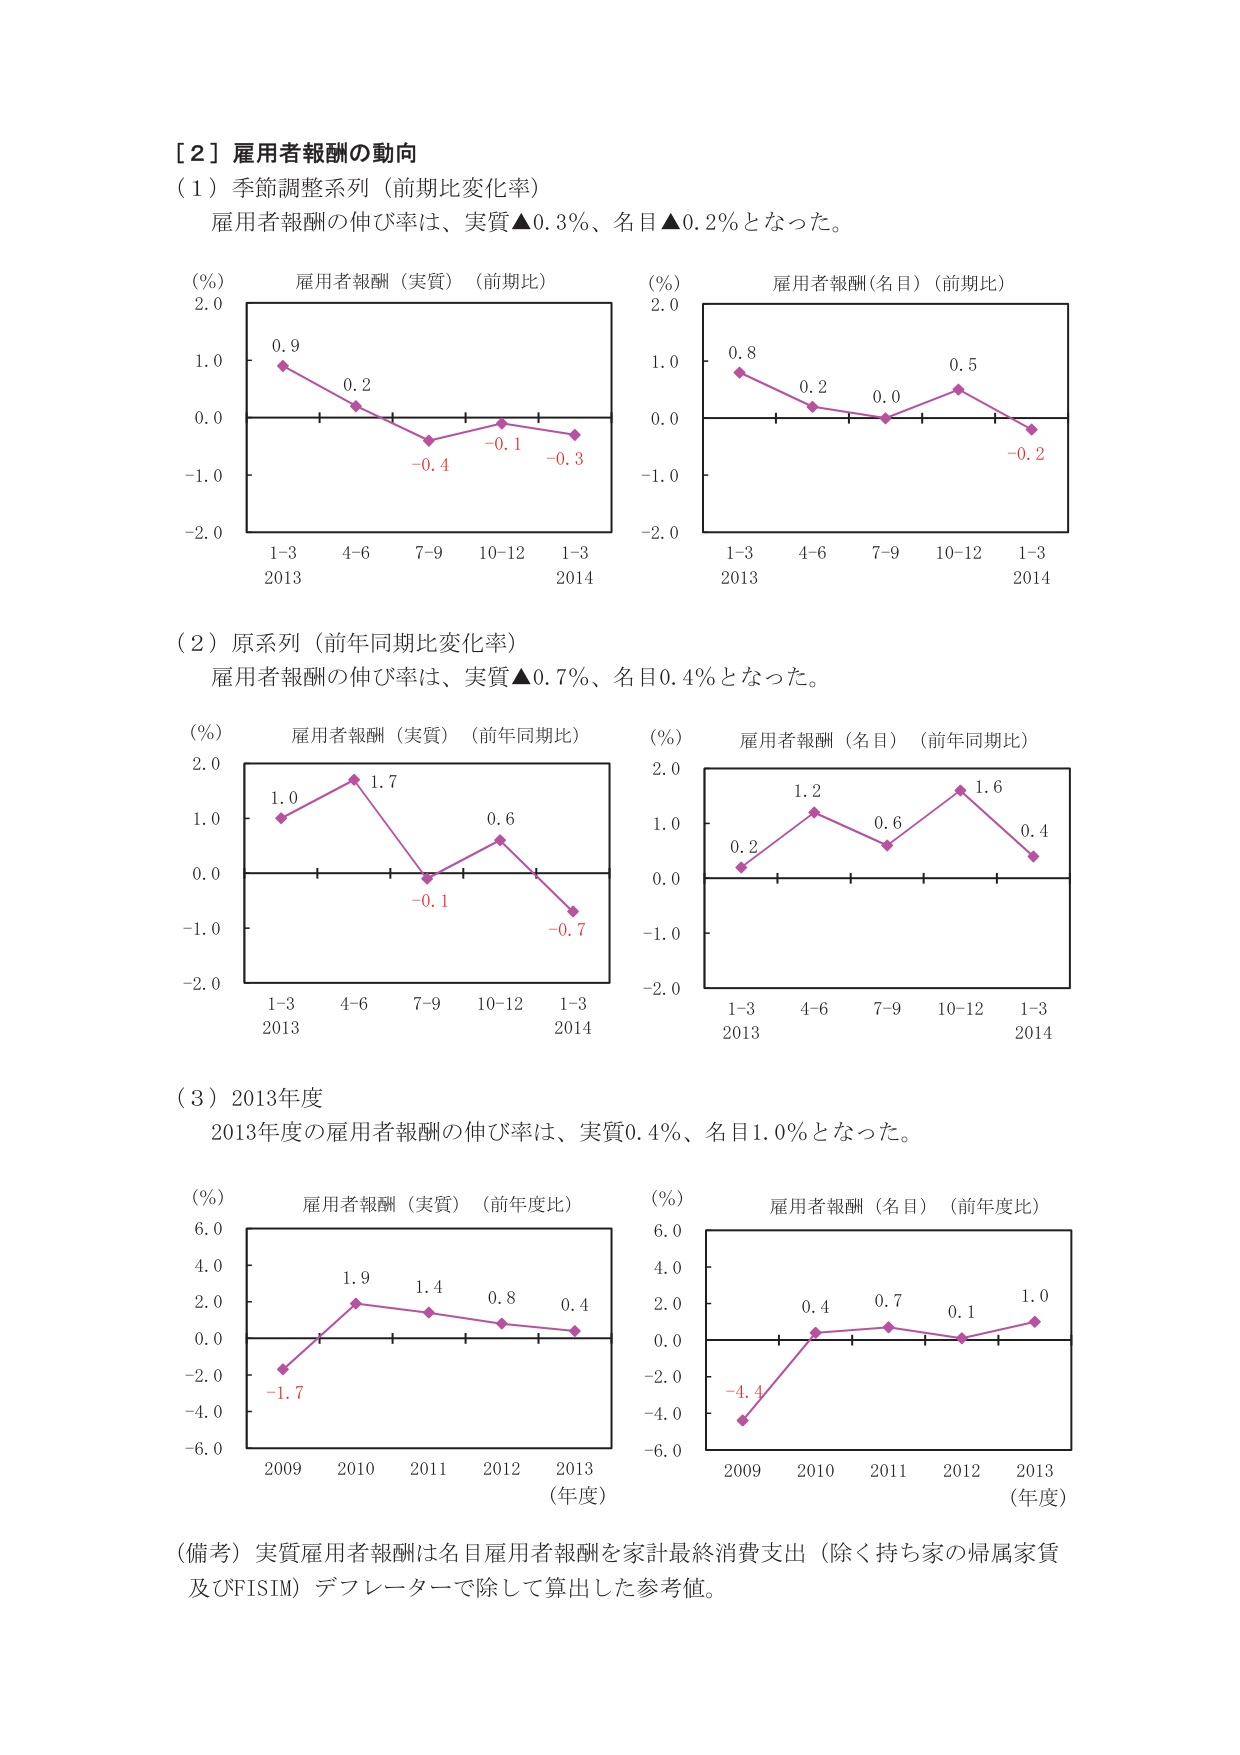
［２］雇用者報酬の動向
（１）季節調整系列（前期比変化率）
雇用者報酬の伸び率は、実質▲0.3％、名目▲0.2％となった。

（％）
雇用者報酬（実質）（前期比）
2.0
1.0
0.0
-1.0
-2.0
0.9
0.2
-0.4
-0.1
-0.3
1-3
4-6
7-9
10-12
1-3
2013
2014

（％）
雇用者報酬（名目）（前期比）
2.0
1.0
0.0
-1.0
-2.0
0.8
0.2
0.0
0.5
-0.2
1-3
4-6
7-9
10-12
1-3
2013
2014

（２）原系列（前年同期比変化率）
雇用者報酬の伸び率は、実質▲0.7％、名目0.4％となった。

（％）
雇用者報酬（実質）（前年同期比）
2.0
1.0
0.0
-1.0
-2.0
1.0
1.7
-0.1
0.6
-0.7
1-3
4-6
7-9
10-12
1-3
2013
2014

（％）
雇用者報酬（名目）（前年同期比）
2.0
1.0
0.0
-1.0
-2.0
0.2
1.2
0.6
1.6
0.4
1-3
4-6
7-9
10-12
1-3
2013
2014

（３）2013年度
2013年度の雇用者報酬の伸び率は、実質0.4％、名目1.0％となった。

（％）
雇用者報酬（実質）（前年度比）
6.0
4.0
2.0
0.0
-2.0
-4.0
-6.0
-1.7
1.9
1.4
0.8
0.4
2009
2010
2011
2012
2013
（年度）

（％）
雇用者報酬（名目）（前年度比）
6.0
4.0
2.0
0.0
-2.0
-4.0
-6.0
-4.4
0.4
0.7
0.1
1.0
2009
2010
2011
2012
2013
（年度）

（備考）実質雇用者報酬は名目雇用者報酬を家計最終消費支出（除く持ち家の帰属家賃及びFISIM）デフレーターで除して算出した参考値。